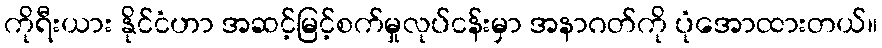
ကိုရီးယား နိုင်ငံဟာ အဆင့်မြင့်စက်မှုလုပ်ငန်းမှာ အနာဂတ်ကို ပုံအောထားတယ်။